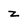
Character: z